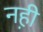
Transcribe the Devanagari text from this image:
नही़